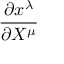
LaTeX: \frac { \partial x ^ { \lambda } } { \partial X ^ { \mu } }